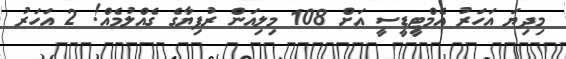
މިދިޔަ އަހަރު އެމްޓީޑީސީ އަށް 108 މިލިއަން ރުފިޔާގެ ގެއްލުމެއް! 2 އަހަރު